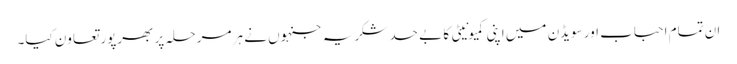
ان تمام احباب اور سویڈن میں اپنی کمیونیٹی کا بے حد شکریہ جنہوں نے ہر مرحلہ پر بھرپور تعاون کیا۔